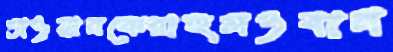
তাওয়ানকেরাহুলওবান